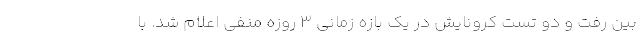
بین رفت و دو تست کرونایش در یک بازه زمانی ۳ روزه منفی اعلام شد. با